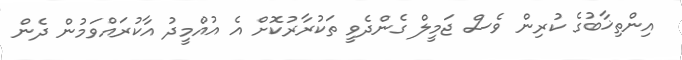
އިންތިޚާބުގެ ކުރިން ވެސް ޖަމީލް ގެންދެވީ ތަކުރާރުކޮށް އެ އުއްމީދު އާކުރައްވަމުން ދެން